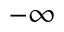
- \infty